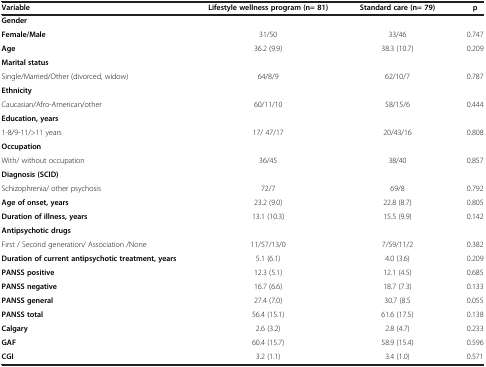
| Variable | Lifestyle wellness program (n= 81) | Standard care (n= 79) | p |
 | --- | --- | --- | --- |
 | Gender |  |  |  |
 | Female/Male | 31/50 | 33/46 | 0.747 |
 | Age | 36.2 (9.9) | 38.3 (10.7) | 0.209 |
 | Marital status |  |  |  |
 | Single/Married/Other (divorced, widow) | 64/8/9 | 62/10/7 | 0.787 |
 | Ethnicity |  |  |  |
 | Caucasian/Afro-American/other | 60/11/10 | 58/15/6 | 0.444 |
 | Education, years |  |  |  |
 | 1-8/9-11/>11 years | 17/ 47/17 | 20/43/16 | 0.808 |
 | Occupation |  |  |  |
 | With/ without occupation | 36/45 | 38/40 | 0.857 |
 | Diagnosis (SCID) |  |  |  |
 | Schizophrenia/ other psychosis | 72/7 | 69/8 | 0.792 |
 | Age of onset, years | 23.2 (9.0) | 22.8 (8.7) | 0.805 |
 | Duration of illness, years | 13.1 (10.3) | 15.5 (9.9) | 0.142 |
 | Antipsychotic drugs |  |  |  |
 | First / Second generation/ Association /None | 11/57/13/0 | 7/59/11/2 | 0.382 |
 | Duration of current antipsychotic treatment, years | 5.1 (6.1) | 4.0 (3.6) | 0.209 |
 | PANSS positive | 12.3 (5.1) | 12.1 (4.5) | 0.685 |
 | PANSS negative | 16.7 (6.6) | 18.7 (7.3) | 0.133 |
 | PANSS general | 27.4 (7.0) | 30.7 (8.5 | 0.055 |
 | PANSS total | 56.4 (15.1) | 61.6 (17.5) | 0.138 |
 | Calgary | 2.6 (3.2) | 2.8 (4.7) | 0.233 |
 | GAF | 60.4 (15.7) | 58.9 (15.4) | 0.596 |
 | CGI | 3.2 (1.1) | 3.4 (1.0) | 0.571 |